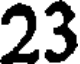
23